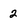
Character: 2